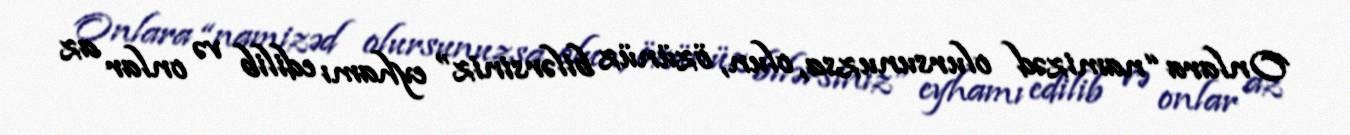
Onlara “namizəd olursunuzsa, olun, özünüz bilərsiniz” eyhamı edilib və onlar az